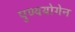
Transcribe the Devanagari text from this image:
पुण्ययोगेन